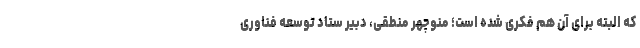
که البته برای آن هم فکری شده است؛ منوچهر منطقی، دبیر ستاد توسعه فناوری